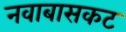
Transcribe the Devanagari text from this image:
नवाबासकट